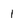
Character: 1